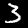
Label: 3